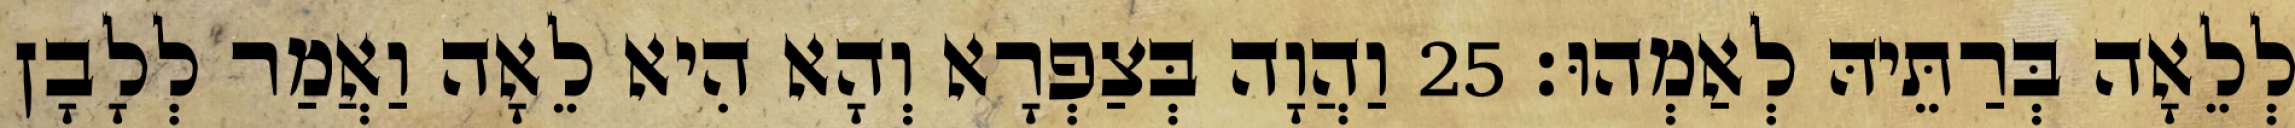
לְלֵאָה בְּרַתֵּיהּ לְאַמְהוּ׃ 25 וַהֲוָה בְּצַפְרָא וְהָא הִיא לֵאָה וַאֲמַר לְלָבָן